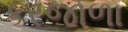
કરજાળા